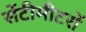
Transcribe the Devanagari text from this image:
सेंटीमीटरों